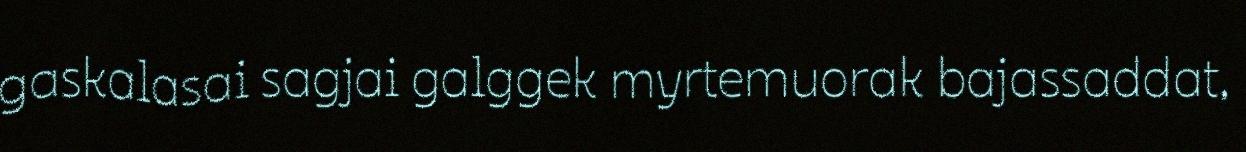
gaskalasai sagjai galggek myrtemuorak bajassaddat,